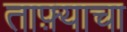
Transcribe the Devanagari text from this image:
ताफ़्याचा